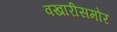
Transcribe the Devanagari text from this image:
वखारीसमोर